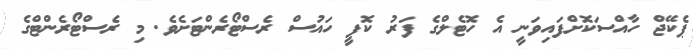
ޕެކޭޖް ހާއްސަކޮށްފައިވަނީ އެ ހޮޓެލްގެ ފަރު ކޮފީ ހައުސް ރެސްޓޯރެންޓަށެވެ. މި ރެސްޓޯރެންޓްގެ